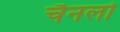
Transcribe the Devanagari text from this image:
चैनलो